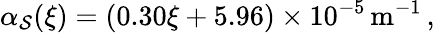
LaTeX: \alpha_{\mathcal{S}}(\xi)=(0.30\xi+5.96)\times10^{-5}\mathrm{{\, m^{-1}\, ,}}